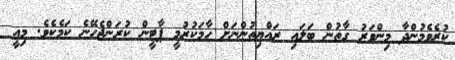
ކުރެވެމުންދާ މިންވަރު ގާތުން ބަލައި ރައްޔިތުންނަށް ހާމަކުރުމީ ޕާޓީން ކުރަންޖެހޭނެ ކަމެކެވެ. މިއީ